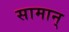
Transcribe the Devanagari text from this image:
सामान्